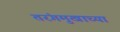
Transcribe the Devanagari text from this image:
तरंगमुखाच्या